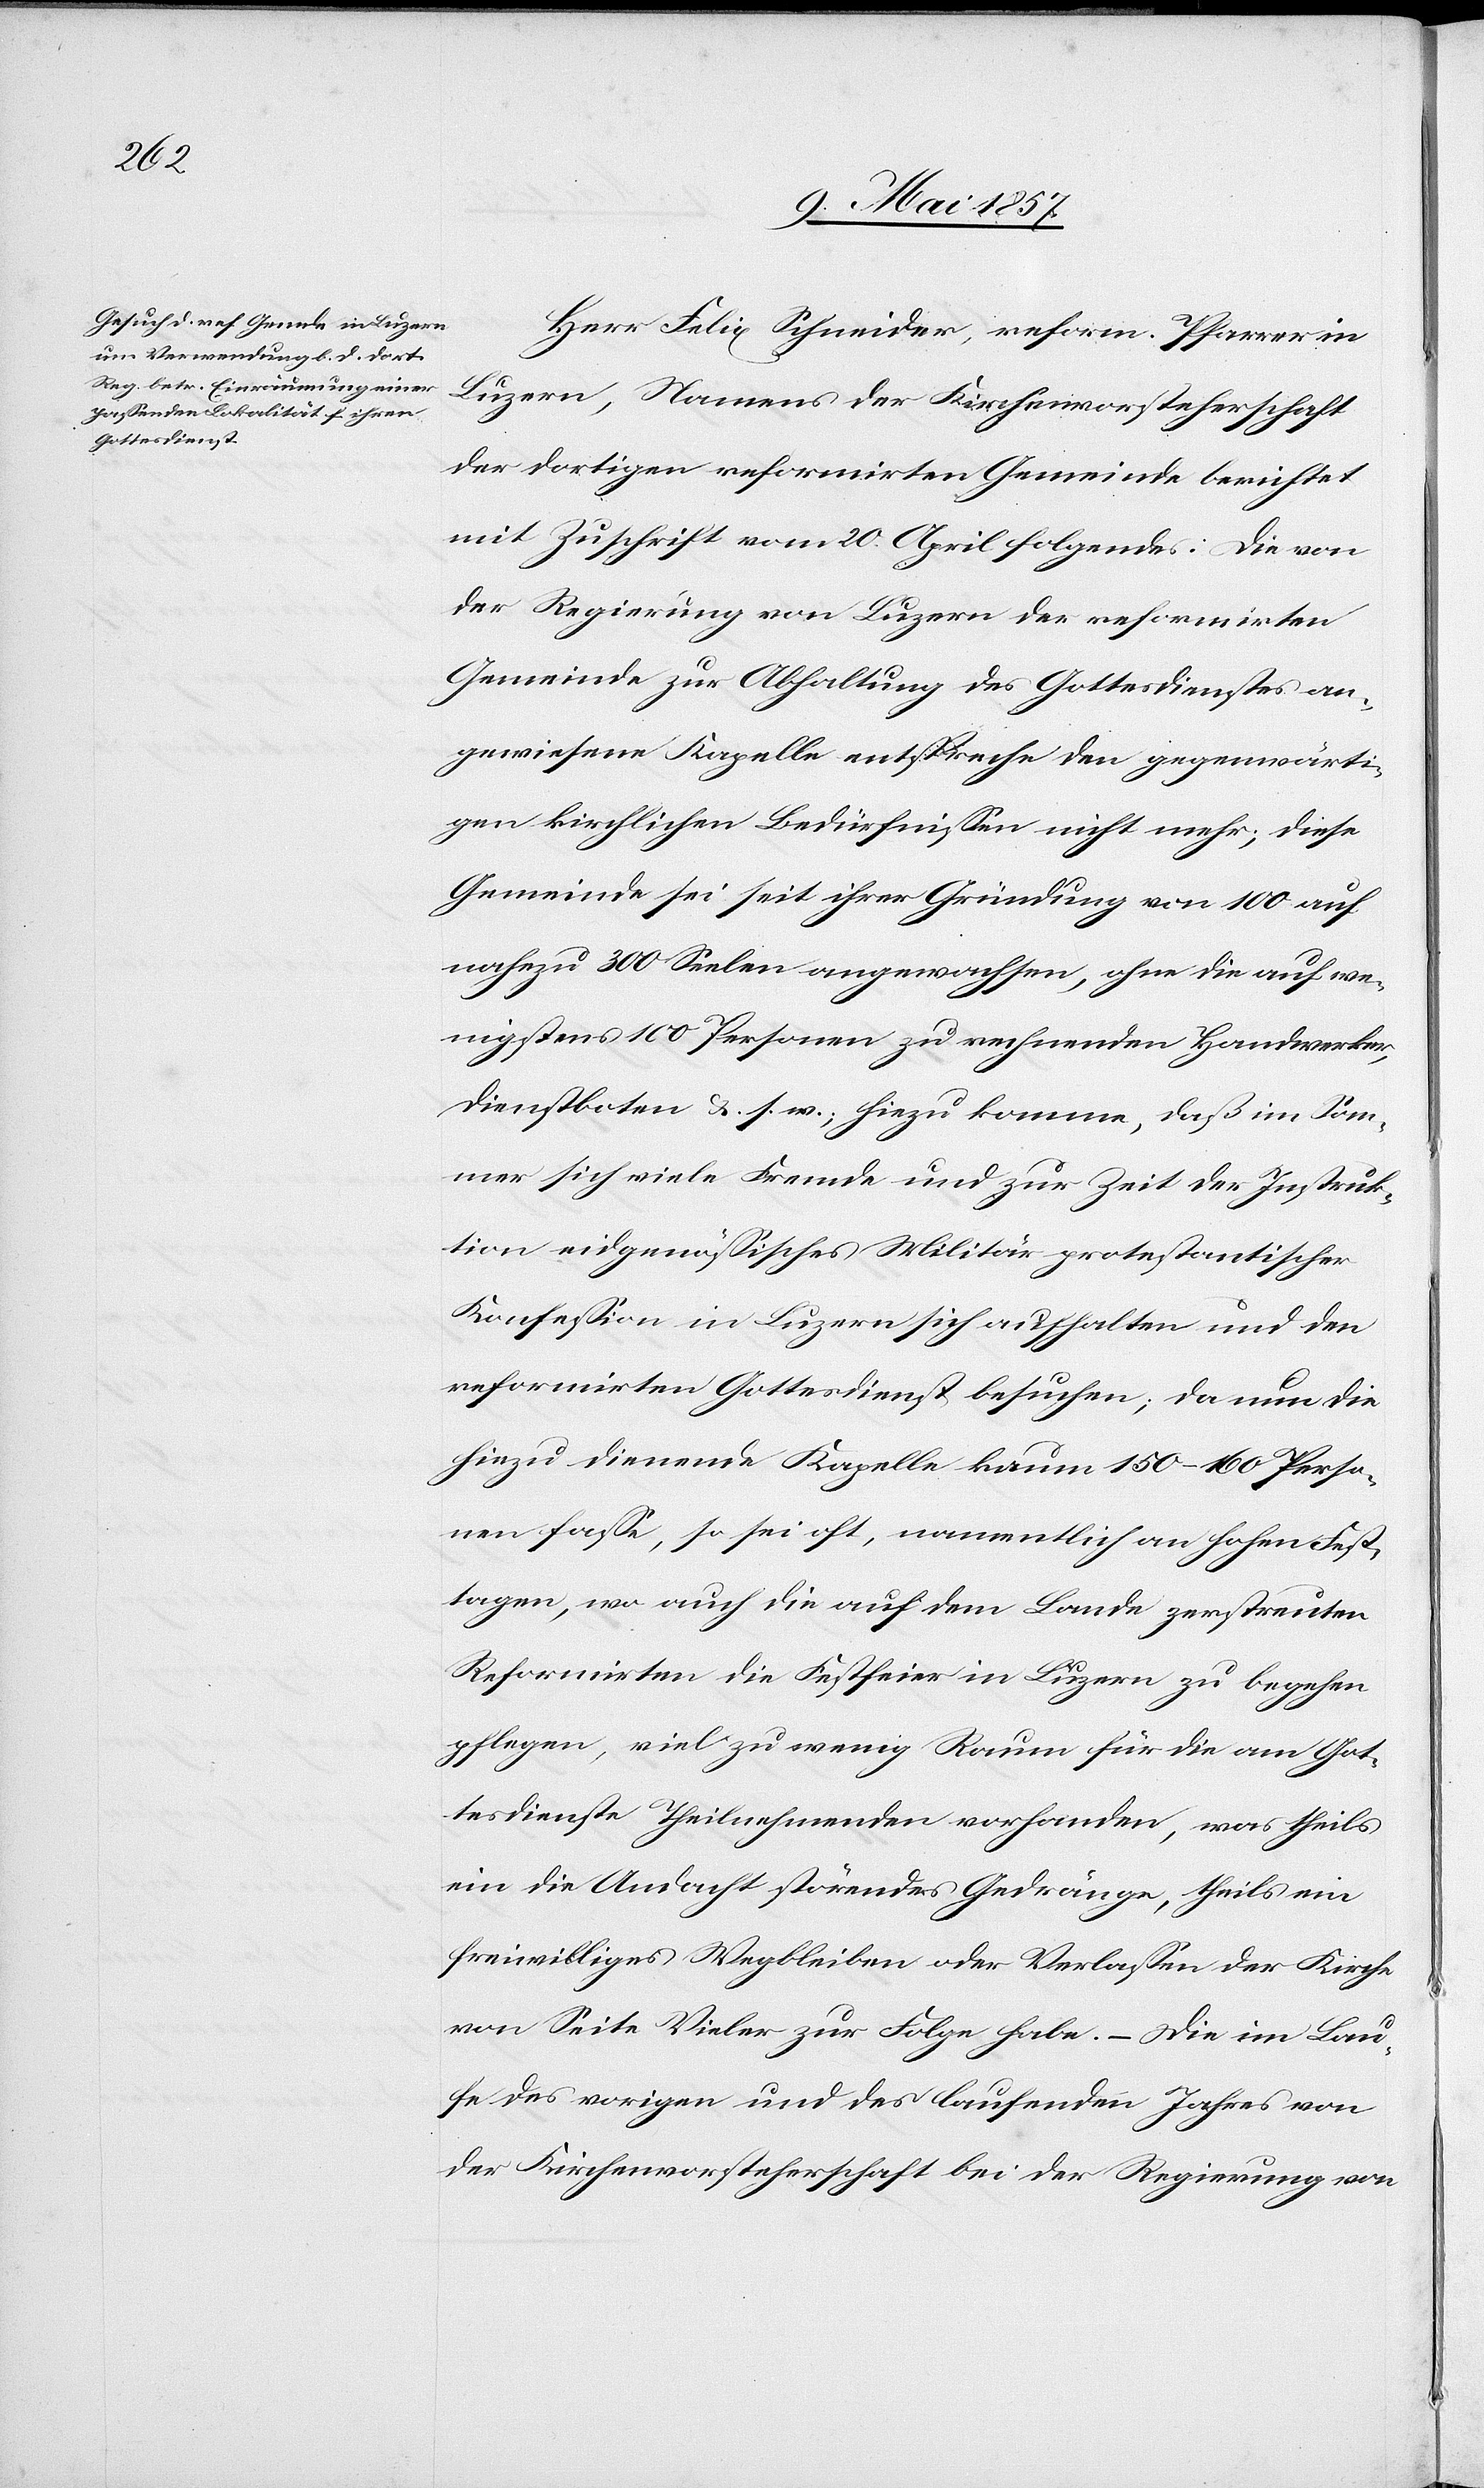
Herr Felix Schneider, reform. Pfarrer in
Luzern, Namens der Kirchenvorsteherschaft
der dortigen refomirten Gemeinde berichtet
mit Zuschrift vom 20 April folgendes: Die von
der Regierung von Luzern der reformirten
Gemeinde zur Abhaltung des Gottesdienstes an¬
gewiesene Kapelle entspreche den gegenwärti¬
gen kirchlichen Bedürfnissen nicht mehr; diese
Gemeinde sei seit ihrer Gründung von 100 auf
nahezu 300 Seelen angewachsen, ohne die auf we¬
nigstens 100 Personen zu rechnenden Handwerker,
Dienstboten &. s. w.; hiezu komme, daß im Som¬
mer sich viele Fremde und zur Zeit der Instruk¬
tion eidgenössisches Militär protestantischer
Konfession in Luzern sich aufhalten und den
reformirten Gottesdienst besuchen; da nun die
hiezu dienende Kapelle kaum 150–160 Perso¬
nen faße, so sei oft, namentlich an hohen Fest¬
tagen, wo auch die auf dem Lande zerstreuten
Reformirten die Festfeier in Luzern zu begehen
pflegen, viel zu wenig Raum für die am Got¬
tesdienste Theilnehmenden vorhanden, was theils
ein die Andacht störendes Gedränge, theils ein
freiwilliges Wegbleiben oder Verlassen der Kirche
von Seite Vieler zur Folge habe. – Die im Lau¬
fe des vorigen und des laufenden Jahres von
der Kirchenvorsteherschaft bei der Regierung von